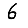
Digit: 6